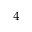
^ 4